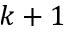
k + 1